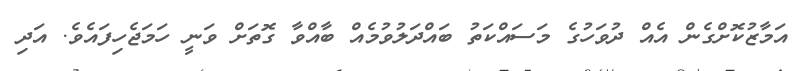
އަމާޒުކޮށްގެން އެއް ދުވަހުގެ މަސައްކަތު ބައްދަލުވުމެއް ބާއްވާ ގޮތަށް ވަނީ ހަމަޖެހިފައެވެ. އަދި